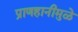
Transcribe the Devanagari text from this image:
प्राणहानीमुळे